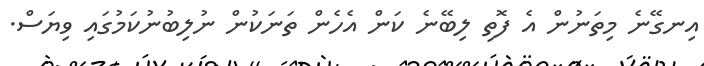
އިނގޭނެ މިތަނުން އެ ފޮތި ލިބޭނެ ކަން އެހެން ތަނަކުން ނުލިބުނުކަމުގައި ވިޔަސް.